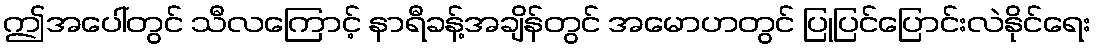
ဤအပေါ်တွင် သီလကြောင့် နာရီခန့်အချိန်တွင် အမောဟတွင် ပြုပြင်ပြောင်းလဲနိုင်ရေး